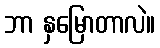
ဘာ နှမြောတာလဲ။